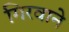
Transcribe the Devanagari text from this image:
गिरवाने